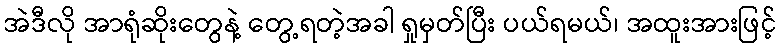
အဲဒီလို အာရုံဆိုးတွေနဲ့ တွေ့ရတဲ့အခါ ရှုမှတ်ပြီး ပယ်ရမယ်၊ အထူးအားဖြင့်